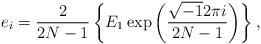
LaTeX: \begin{align*}e_i=\frac{2}{2N-1}\left \{E_1\exp\left ( \frac{\sqrt{-1}2\pi i }{2N-1}\right ) \right \},\end{align*}